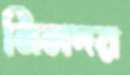
মিলদর